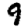
Digit: 9